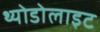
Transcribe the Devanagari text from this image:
थ्योडोलाइट